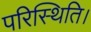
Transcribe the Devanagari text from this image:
परिस्थिति।